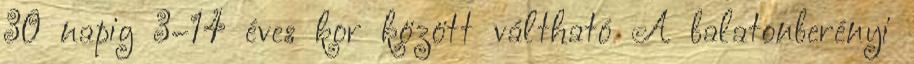
30 napig 3–14 éves kor között váltható A balatonberényi